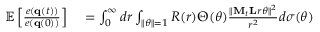
\begin{array} { r l } { \mathbb { E } \left[ \frac { e ( { \bf q } ( t ) ) } { e ( { \bf q } ( 0 ) ) } \right] } & { { } = \int _ { 0 } ^ { \infty } d r \int _ { \| \boldsymbol { \theta } \| = 1 } R ( r ) \Theta ( \boldsymbol { \theta } ) \frac { \| { \bf M } _ { t } { \bf L } r \boldsymbol { \theta } \| ^ { 2 } } { r ^ { 2 } } d \sigma ( \boldsymbol { \theta } ) } \end{array}